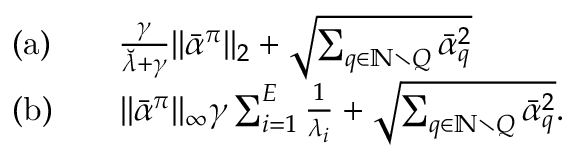
\begin{array} { r l } & { \mathrm { ( a ) } \qquad \frac { \gamma } { \ensuremath { \breve { \lambda } } + \gamma } \| \bar { \alpha } ^ { \pi } \| _ { 2 } + \sqrt { \sum _ { q \in \mathbb { N } \setminus Q } \bar { \alpha } _ { q } ^ { 2 } } } \\ & { \mathrm { ( b ) } \qquad \| \bar { \alpha } ^ { \pi } \| _ { \infty } \gamma \sum _ { i = 1 } ^ { E } \frac { 1 } { \lambda _ { i } } + \sqrt { \sum _ { q \in \mathbb { N } \setminus Q } \bar { \alpha } _ { q } ^ { 2 } } . } \end{array}